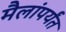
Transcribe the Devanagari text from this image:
मैलांपर्यंत